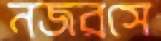
নজরসে